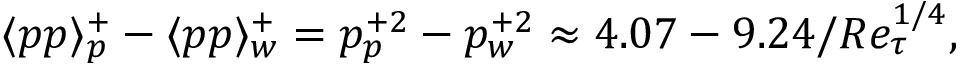
\langle p p \rangle _ { p } ^ { + } - \langle p p \rangle _ { w } ^ { + } = p _ { p } ^ { + 2 } - p _ { w } ^ { + 2 } \approx 4 . 0 7 - 9 . 2 4 / R e _ { \tau } ^ { 1 / 4 } ,